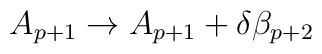
A_{p+1} \rightarrow A_{p+1} + \delta \beta_{p+2}